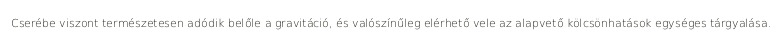
Cserébe viszont természetesen adódik belőle a gravitáció, és valószínűleg elérhető vele az alapvető kölcsönhatások egységes tárgyalása.